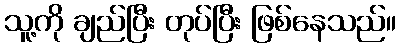
သူ့ကို ချည်ပြီး တုပ်ပြီး ဖြစ်နေသည်။